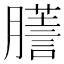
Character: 𦢃